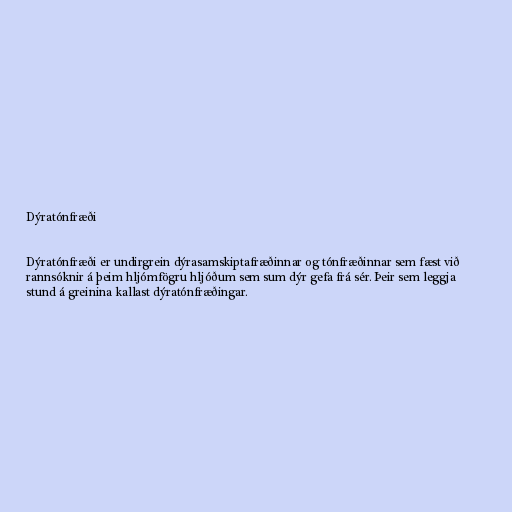
Dýratónfræði

Dýratónfræði er undirgrein dýrasamskiptafræðinnar og tónfræðinnar sem fæst við
rannsóknir á þeim hljómfögru hljóðum sem sum dýr gefa frá sér. Þeir sem leggja
stund á greinina kallast dýratónfræðingar.